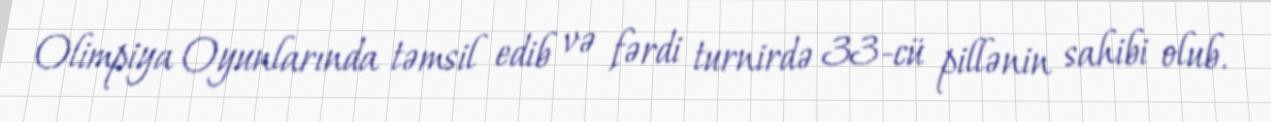
Olimpiya Oyunlarında təmsil edib və fərdi turnirdə 33-cü pillənin sahibi olub.